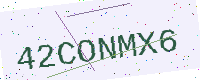
Text: 42CONMX6